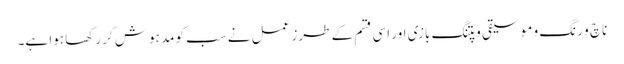
ناچ و رنگ و موسیقی و پتنگ بازی اور اسی قسم کے طرزِ عمل نے سب کومد ہوش کر رکھا ہوا ہے۔